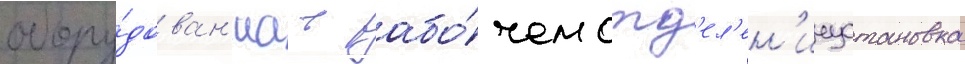
обору́дован'иа в рабо́чем отд'ел'ен'ииустановка